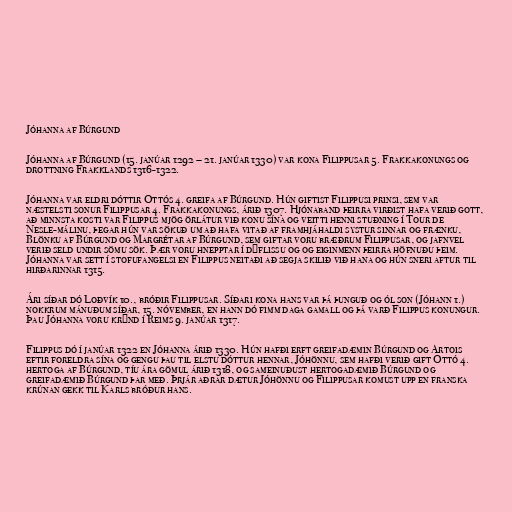
Jóhanna af Búrgund

Jóhanna af Búrgund (15. janúar 1292 – 21. janúar 1330) var kona Filippusar 5. Frakkakonungs og
drottning Frakklands 1316-1322.

Jóhanna var eldri dóttir Ottós 4. greifa af Búrgund. Hún giftist Filippusi prinsi, sem var
næstelsti sonur Filippusar 4. Frakkakonungs, árið 1307. Hjónaband þeirra virðist hafa verið gott,
að minnsta kosti var Filippus mjög örlátur við konu sína og veitti henni stuðning í Tour de
Nesle-málinu, þegar hún var sökuð um að hafa vitað af framhjáhaldi systur sinnar og frænku,
Blönku af Búrgund og Margrétar af Búrgund, sem giftar voru bræðrum Filippusar, og jafnvel
verið seld undir sömu sök. Þær voru hnepptar í dýflissu og og eiginmenn þeirra höfnuðu þeim.
Jóhanna var sett í stofufangelsi en Filippus neitaði að segja skilið við hana og hún sneri aftur til
hirðarinnar 1315.

Ári síðar dó Loðvík 10., bróðir Filippusar. Síðari kona hans var þá þunguð og ól son (Jóhann 1.)
nokkrum mánuðum síðar, 15. nóvember, en hann dó fimm daga gamall og þá varð Filippus konungur.
Þau Jóhanna voru krýnd í Reims 9. janúar 1317.

Filippus dó í janúar 1322 en Jóhanna árið 1330. Hún hafði erft greifadæmin Búrgund og Artois
eftir foreldra sína og gengu þau til elstu dóttur hennar, Jóhönnu, sem hafði verið gift Ottó 4.
hertoga af Búrgund, tíu ára gömul árið 1318, og sameinuðust hertogadæmið Búrgund og
greifadæmið Búrgund þar með. Þrjár aðrar dætur Jóhönnu og Filippusar komust upp en franska
krúnan gekk til Karls bróður hans.